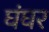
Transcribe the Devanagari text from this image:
घंघर